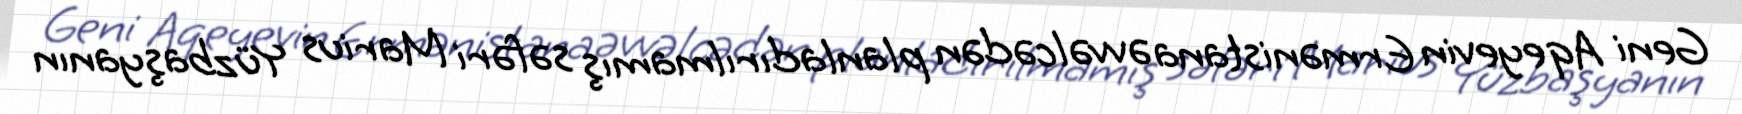
Geni Aqeyevin Ermənistana əvvəlcədən planladırılmamış səfəri Marius Yüzbaşyanın